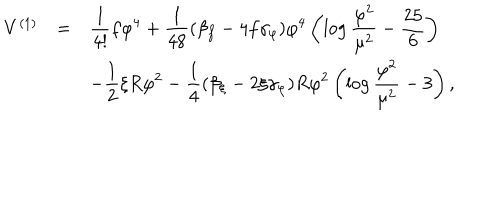
\begin{array} { l l l } { { V ^ { ( 1 ) } } } & { { = } } & { { \displaystyle { \frac { 1 } { 4 ! } } f \varphi ^ { 4 } + { \frac { 1 } { 4 8 } } ( \beta _ { f } - 4 f \gamma _ { \varphi } ) \varphi ^ { 4 } \left( \log { \frac { \varphi ^ { 2 } } { \mu ^ { 2 } } } - { \frac { 2 5 } { 6 } } \right) } } \\ { { } } & { { } } & { { \displaystyle - { \frac { 1 } { 2 } } \xi R \varphi ^ { 2 } - { \frac { 1 } { 4 } } ( \beta _ { \xi } - 2 \xi \gamma _ { \varphi } ) R \varphi ^ { 2 } \left( \log { \frac { \varphi ^ { 2 } } { \mu ^ { 2 } } } - 3 \right) , } } \\ \end{array}